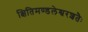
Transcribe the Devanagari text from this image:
क्षितिमण्डलेश्वरशतैः